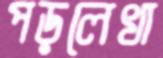
পড়লেখা